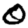
Digit: 0